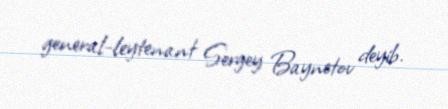
general-leytenant Sergey Baynetov deyib.